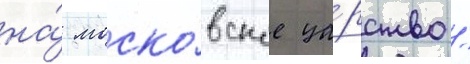
на́ моско́вское ца́рство /